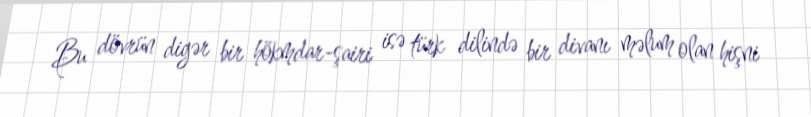
Bu dövrün digər bir hökmdar-şairi isə türk dilində bir divanı məlum olan hişni